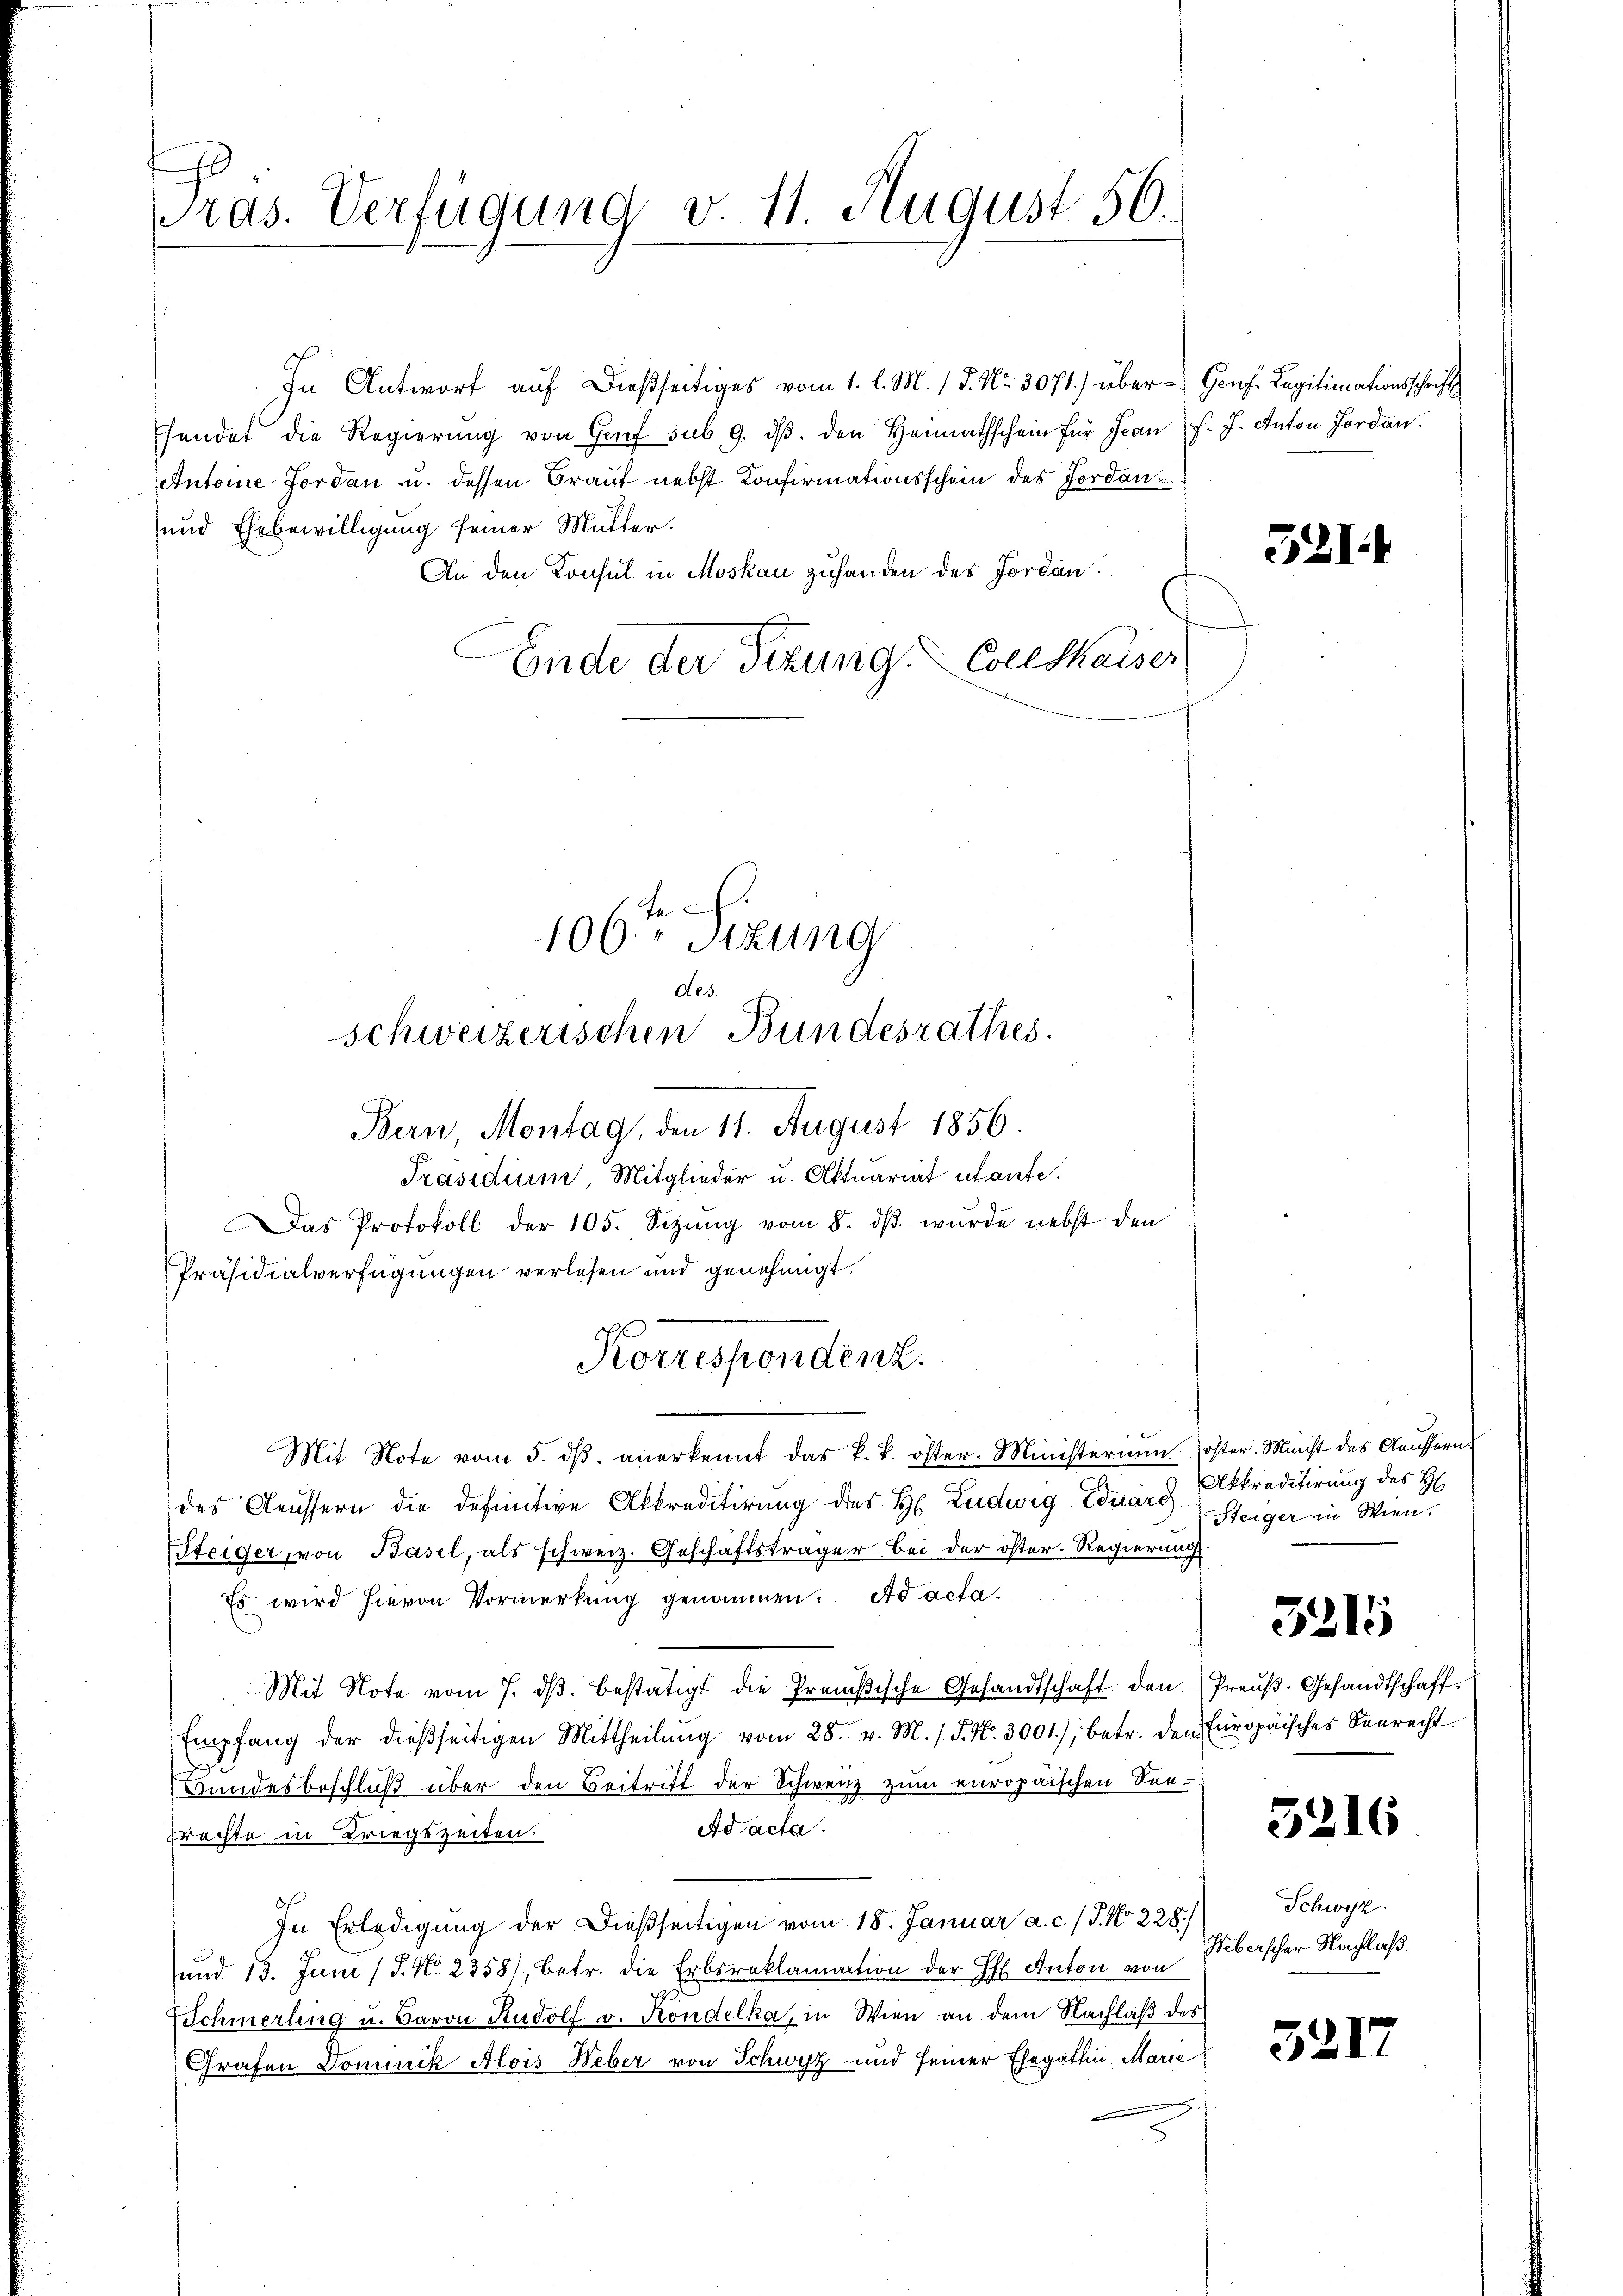
ras. Verfügung v. 11. August 56.

In Antwort auf dießseitiges vom 1. l. M. / P. Nr. 3071.) über - Genf. Legitimationsschrift
hendet die Regierŭng von Genf sub. 9. dβ. den Heimathschein für Jean F. J. Anton Jordan
Antone Forden u. dessen Braut nebst Konfirmationsschein des Forden¬
und Ehebewilligung seiner Mutter.
An den Konsul in Moskau zuhanden des Jordan¬
Ende der Sitzung Colldhaiser

106ten Sizung
des
schweizerischen Bundesrathes.

Bern, Montag, den 11. August 1856.
Präsidium, Mitglieder u. Aktuariat utante.
Das Protokoll der 105. Sizŭng vom 8. dβ wŭrde nebst den
Präsidialverfügungen verlesen und genehmigt.
Mit Note vom 5. dβ. anerkennt das k. k. öster. Ministerium oster. Minist des Aeussern
des Aeussern die definitive Akkreditirung des H. Ludwig Eduarg
Steiger, von Basel, als schweiz. Geschäftsträger bei der öster-Regierung
Es wird hievon Vormerkung genommen. Ad acta.
Mit Note vom 7. dβ bestätigt die Prenische Gesandtschaft den Preŭβ. Gesandtschaft.
Empfang der dießseitigen Mittheilŭng vom 28. v. M. / P. Nr. 3001), betr. den Europäisches Senrecht
Bundesbeschluß über den Beitritt der Schweiz zum europäischen See¬
Ad acta.
Erachte in Kriegszeiten.
In Erledigung der dießseitigen vom 18. Januar a. c. / J. No 228./
und 13. Juni /J. No. 23581, betr. die Erbsreklamation der H. Anton von
Schmerling u. Baron Rudolf v. Kondelka, in Wien an dem Nachlaß des
Grafen Dominik Alois Weber von Schwyz und seiner Ehegattin Marie

Korrespondenz.

521.

Akkreditirung des H
Steiger in Wien.

3215

5216

Schwyz.
Weberscher Nachlaß.

521